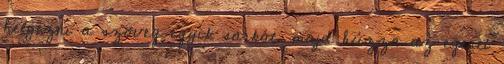
helyezni a szöveg egyik sarkát, majd húzza az egeret